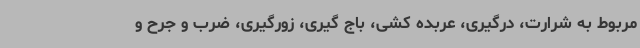
مربوط به شرارت، درگیری، عربده کشی، باج گیری، زورگیری، ضرب و جرح و